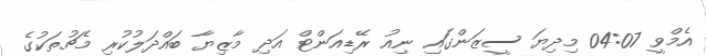
އެމްވީ 04:07 މިދިޔަ ސީޒަންގައި ނިއު ރޭޑިއަންޓް އަދި މާޒިޔާ ބައްދަލުކުރި މެޗުތަކުގެ